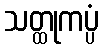
သတ္ထုကပ္ပံ